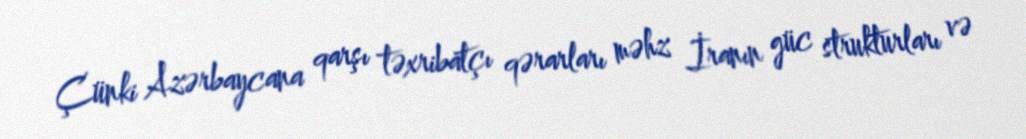
Çünki Azərbaycana qarşı təxribatçı qərarları məhz İranın güc strukturları və